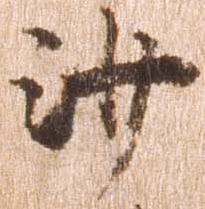
沙